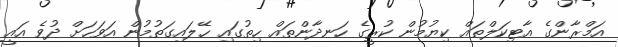
އަމްރާންގެ އާޓިކަލްތައް ކިޔުމުން ކުރީގެ ހަނދާންތައް ހިތުގައި ހޭލައިގަތުމުން އަވަހަށް ދުވެ އައީ